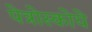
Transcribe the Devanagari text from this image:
पेत्रोस्कोये